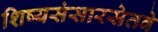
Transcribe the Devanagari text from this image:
शिष्यसंसारसेतवे